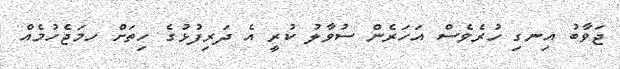
ޖަވާބު އިނގި ހުރެވެސް އަހަރެން ސުވާލު ކުރީ އެ ދަރިފުޅުގެ ހިތަށް ހމަޖެހުމެއް